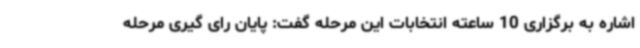
اشاره به برگزاری 10 ساعته انتخابات این مرحله گفت: پایان رای گیری مرحله